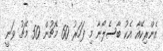
އެންރިކޭއާ އެކު ބާސެލޯނާ މި ފަހަރު 60 މެޗުން 50 މެޗު ވަނީ